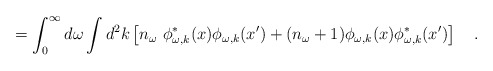
\begin{align*}=\int_{0}^{\infty}d\omega\int d^2k\left[n_\omega~ \phi^{*}_{\omega,k}(x)\phi_{\omega,k}(x')+(n_\omega+1)\phi_{\omega,k}(x)\phi^{*}_{\omega,k}(x')\right]~~~.\end{align*}